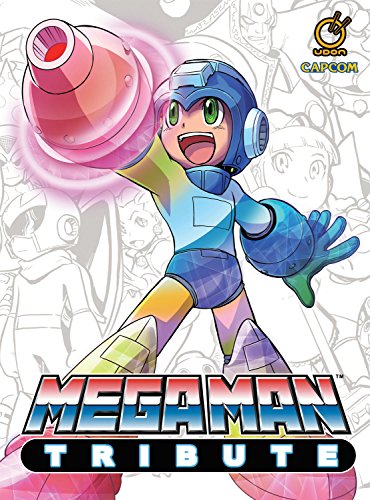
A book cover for Mega Man Tribute HC; Arts & Photography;